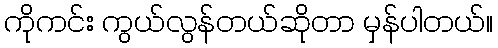
ကိုကင်း ကွယ်လွန်တယ်ဆိုတာ မှန်ပါတယ်။